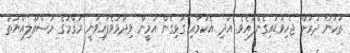
ތަކުން ދުރަށް ޖެހިވަޑައިގެންފައެވެ. އަދި އެކަމާއި ގުޅިގެން އަމީން ވިދާޅުވެފައިވަނީ މަޤާމުގެ މަސްޢޫލިއްޔަތު